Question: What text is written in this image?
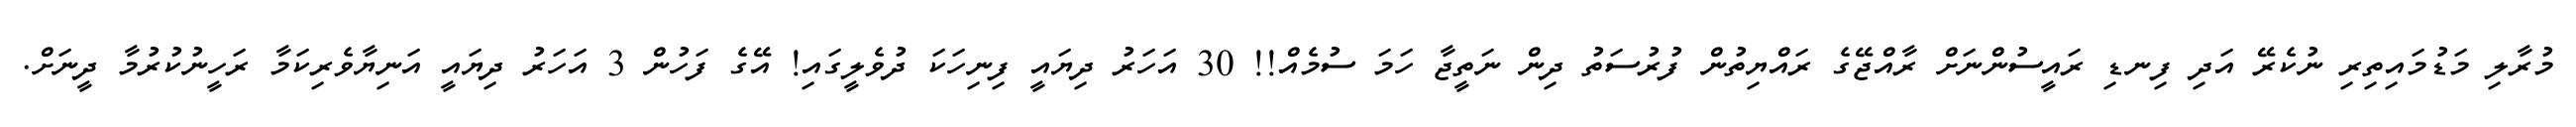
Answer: މުރާލި މަޑުމައިތިރި ނުކެރޭ އަދި ފިނޑި ރައީސުންނަށް ރާއްޖޭގެ ރައްޔިތުން ފުރުސަތު ދިން ނަތީޖާ ހަމަ ސުމެއް!! 30 އަހަރު ދިޔައީ ފިނިހަކަ ދުވެލީގައި! އޭގެ ފަހުން 3 އަހަރު ދިޔައީ އަނިޔާވެރިކަމާ ރަހީނުކުރުމާ ދީނަށް.